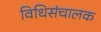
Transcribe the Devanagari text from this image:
विधिसंचालक